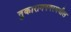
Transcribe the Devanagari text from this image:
तुकारामनगरमधील